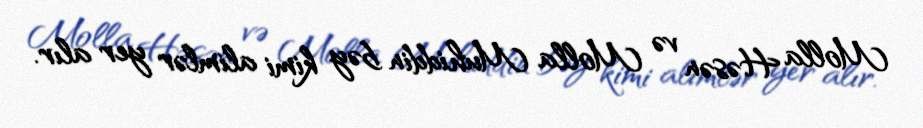
Molla Həsən və Molla Muhiddin bəy kimi alimlər yer alır.